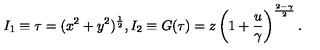
I _ { 1 } \equiv \tau = ( x ^ { 2 } + y ^ { 2 } ) ^ { \frac { 1 } { 2 } } , I _ { 2 } \equiv G ( \tau ) = z \left( 1 + { \frac { u } { \gamma } } \right) ^ { \frac { 2 - \gamma } { 2 } } .